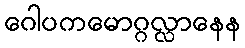
ဂေါပကမောဂ္ဂလ္လာနေန